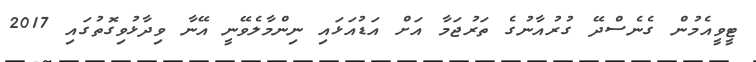
ޓީވީއެމުން ގެނެސްދޭ ގުރުއާނުގެ ތަރުޖަމާ އަށް އަޑުއަޅައި ނިންމާލެވޭނީ އޭނާ ވިދާޅުވިގޮތުގައި 2017